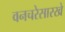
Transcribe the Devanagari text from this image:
वनचरेसारखे